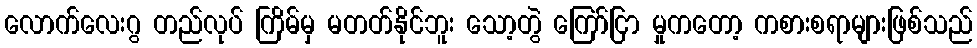
လောက်လေးဂွ တည်လုပ် ကြိမ်မှ မတတ်နိုင်ဘူး သော့တွဲ ကြော်ငြာ မှုကတော့ ကစားစရာများဖြစ်သည်